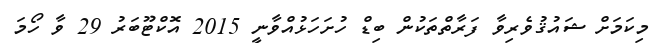
މިކަމަށް ޝައުޤުވެރިވާ ފަރާތްތަކުން ބިޑް ހުށަހަޅުއްވާނީ 2015 އޮކްޓޫބަރު 29 ވާ ހޯމަ